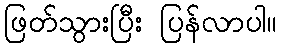
ဖြတ်သွားပြီး ပြန်လာပါ။